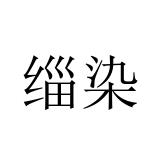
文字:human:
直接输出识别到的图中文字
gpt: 缁染